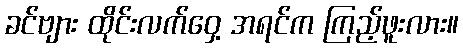
ခင်ဗျား ထိုင်းလက်ဝှေ့ အရင်က ကြည့်ဖူးလား။